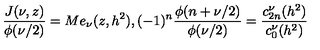
\frac { J ( \nu , z ) } { \phi ( \nu / 2 ) } = M e _ { \nu } ( z , h ^ { 2 } ) , ( - 1 ) ^ { n } \frac { \phi ( n + \nu / 2 ) } { \phi ( \nu / 2 ) } = \frac { c _ { 2 n } ^ { \nu } ( h ^ { 2 } ) } { c _ { 0 } ^ { \nu } ( h ^ { 2 } ) }